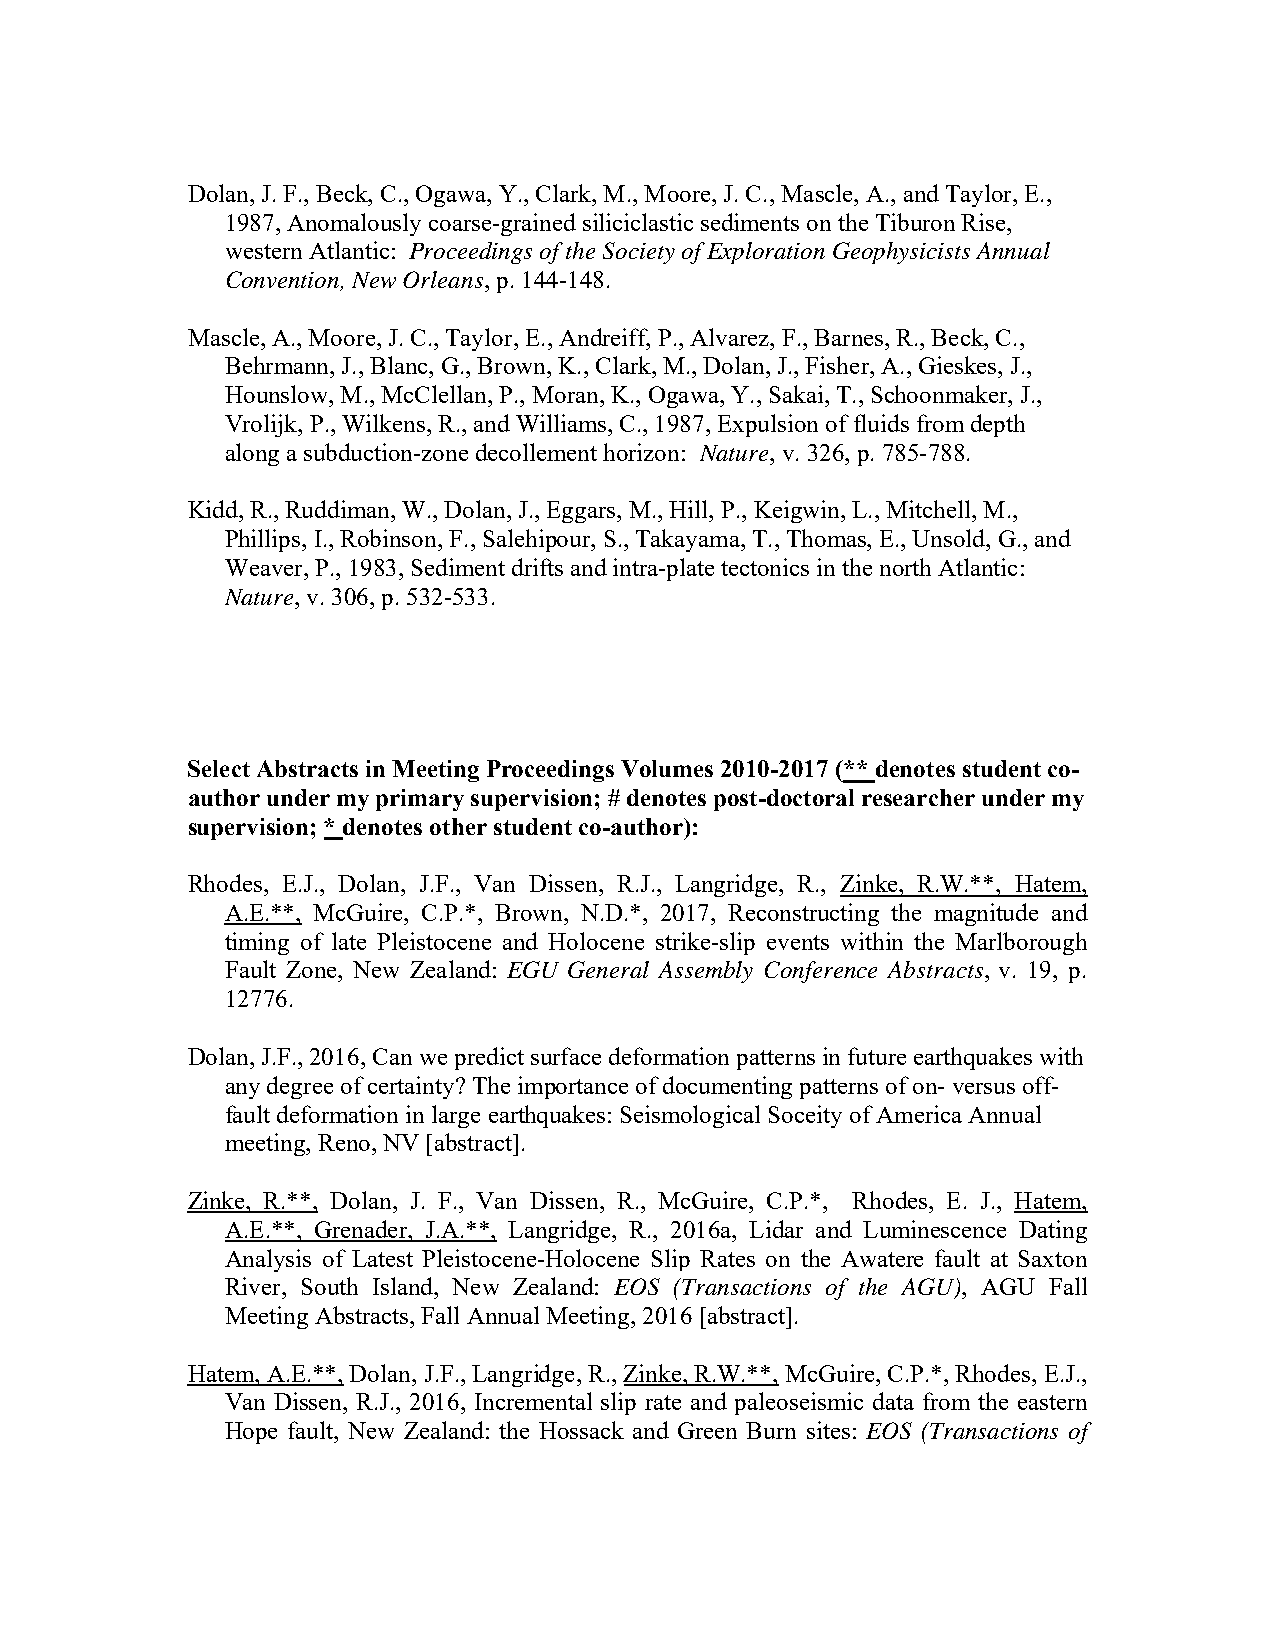
Dolan, J. F., Beck, C., Ogawa, Y., Clark, M., Moore, J. C., Mascle, A., and Taylor, E.,
 1987, Anomalously coarse-grained siliciclastic sediments on the Tiburon Rise,
 western Atlantic: Proceedings of the Society of Exploration Geophysicists Annual
 Convention, New Orleans, p. 144-148.
 Mascle, A., Moore, J. C., Taylor, E., Andreiff, P., Alvarez, F., Barnes, R., Beck, C.,
 Behrmann, J., Blanc, G., Brown, K., Clark, M., Dolan, J., Fisher, A., Gieskes, J.,
 Hounslow, M., McClellan, P., Moran, K., Ogawa, Y., Sakai, T., Schoonmaker, J.,
 Vrolijk, P., Wilkens, R., and Williams, C., 1987, Expulsion of fluids from depth
 along a subduction-zone decollement horizon: Nature, v. 326, p. 785-788.
 Kidd, R., Ruddiman, W., Dolan, J., Eggars, M., Hill, P., Keigwin, L., Mitchell, M.,
 Phillips, I., Robinson, F., Salehipour, S., Takayama, T., Thomas, E., Unsold, G., and
 Weaver, P., 1983, Sediment drifts and intra-plate tectonics in the north Atlantic:
 Nature, v. 306, p. 532-533.
 Select Abstracts in Meeting Proceedings Volumes 2010-2017 (** denotes student co-
 author under my primary supervision; # denotes post-doctoral researcher under my
 supervision; * denotes other student co-author):
 Rhodes, E.J., Dolan, J.F., Van Dissen, R.J., Langridge, R., Zinke, R.W.**, Hatem,
 A.E.**, McGuire, C.P.*, Brown, N.D.*, 2017, Reconstructing the magnitude and
 timing of late Pleistocene and Holocene strike-slip events within the Marlborough
 Fault Zone, New Zealand: EGU General Assembly Conference Abstracts, v. 19, p.
 12776.
 Dolan, J.F., 2016, Can we predict surface deformation patterns in future earthquakes with
 any degree of certainty? The importance of documenting patterns of on- versus off-
 fault deformation in large earthquakes: Seismological Soceity of America Annual
 meeting, Reno, NV [abstract].
 Zinke, R.**, Dolan, J. F., Van Dissen, R., McGuire, C.P.*, Rhodes, E. J., Hatem,
 A.E.**, Grenader, J.A.**, Langridge, R., 2016a, Lidar and Luminescence Dating
 Analysis of Latest Pleistocene-Holocene Slip Rates on the Awatere fault at Saxton
 River, South Island, New Zealand: EOS (Transactions of the AGU), AGU Fall
 Meeting Abstracts, Fall Annual Meeting, 2016 [abstract].
 Hatem, A.E.**, Dolan, J.F., Langridge, R., Zinke, R.W.**, McGuire, C.P.*, Rhodes, E.J.,
 Van Dissen, R.J., 2016, Incremental slip rate and paleoseismic data from the eastern
 Hope fault, New Zealand: the Hossack and Green Burn sites: EOS (Transactions of